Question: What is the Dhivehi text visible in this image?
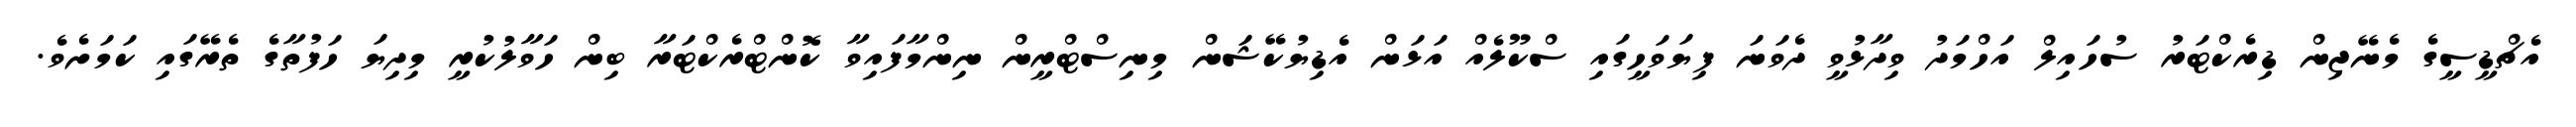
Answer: އެޗްޑީސީގެ މެނޭޖިން ޑިރެކްޓަރު ސުހައިލް އަހްމަދު ވިދާޅުވީ ދެވަނަ ފިޔަވަހީގައި ސްކޫލެއް އަޅަން އެޑިޔުކޭޝަން މިނިސްޓްރީން ނިންމާފައިވާ ކޮންޓްރެކްޓަރާ ބިން ހަވާލުކުރީ މިދިޔަ ހަފުތާގެ ތެރޭގައި ކަމަށެވެ.